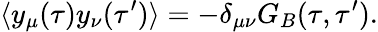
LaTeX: \langle y_{\mu}(\tau)y_{\nu}(\tau^{\prime})\rangle=-\delta_{\mu\nu}G_{B}(\tau,\tau^{\prime}).